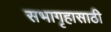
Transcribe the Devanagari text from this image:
सभागृहासाठी